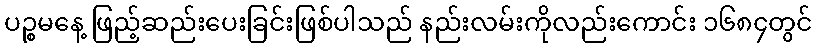
ပဉ္စမနေ့ ဖြည့်ဆည်းပေးခြင်းဖြစ်ပါသည် နည်းလမ်းကိုလည်းကောင်း ၁၆၈၄တွင်